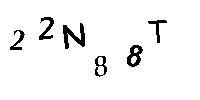
22N88T